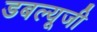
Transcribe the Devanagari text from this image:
डबल्यूजी